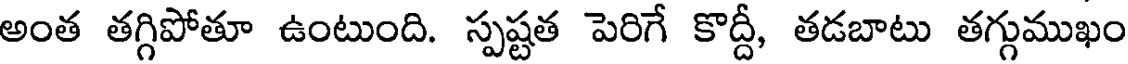
అంత తగ్గిపోతూ ఉంటుంది. స్పష్టత పెరిగే కొద్దీ, తడబాటు తగ్గుముఖం